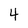
Character: 4